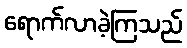
ရောက်လာခဲ့ကြသည်